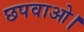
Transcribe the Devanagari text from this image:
छपवाओ।